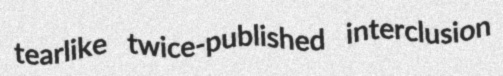
tearlike twice-published interclusion